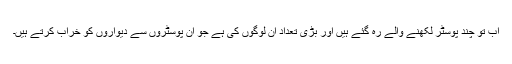
اب تو چند پوسٹر لکھنے والے رہ گئے ہیں اور بڑی تعداد ان لوگوں کی ہے جو ان پوسٹروں سے دیواروں کو خراب کرتے ہیں۔